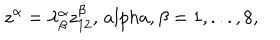
z ^ { \alpha } = \lambda _ { \beta } ^ { \alpha } z _ { 1 2 } ^ { \beta } , \, a l p h a , \beta = 1 , . . . , 8 ,